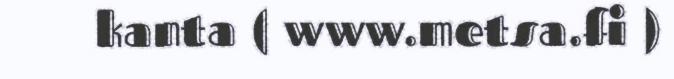
kanta ( www.metsa.fi )